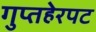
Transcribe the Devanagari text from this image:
गुप्तहेरपट